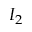
I _ { 2 }